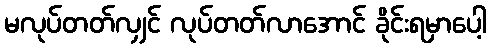
မလုပ်တတ်လျှင် လုပ်တတ်လာအောင် ခိုင်းရမှာပေါ့